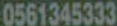
0561345333